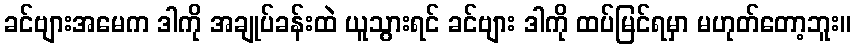
ခင်ဗျားအမေက ဒါကို အချုပ်ခန်းထဲ ယူသွားရင် ခင်ဗျား ဒါကို ထပ်မြင်ရမှာ မဟုတ်တော့ဘူး။